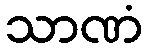
သာဏံ